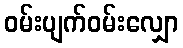
ဝမ်းပျက်ဝမ်းလျှော